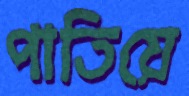
পাতিয়ে